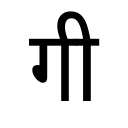
OCR:
गी